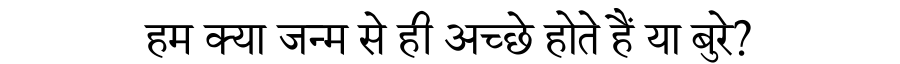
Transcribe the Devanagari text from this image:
हम क्या जन्म से ही अच्छे होते हैं या बुरे?